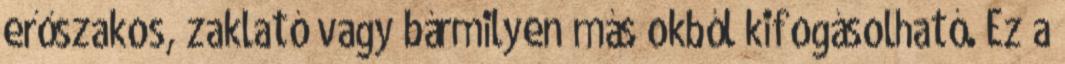
erőszakos, zaklató vagy bármilyen más okból kifogásolható. Ez a